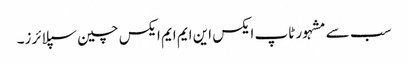
سب سے مشہور ٹاپ ایکس این ایم ایم ایکس چین سپلائرز۔